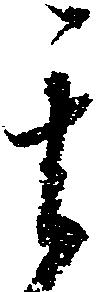
其